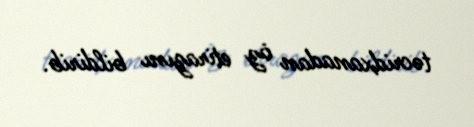
təcridxanadan öz etirazını bildirib.